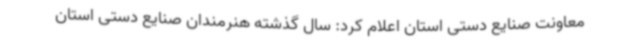
معاونت صنایع دستی استان اعلام کرد: سال گذشته هنرمندان صنایع دستی استان